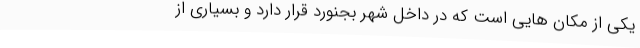
یکی از مکان هایی است که در داخل شهر بجنورد قرار دارد و بسیاری از